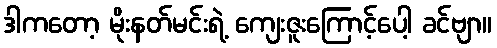
ဒါကတော့ မိုးနတ်မင်းရဲ့ ကျေးဇူးကြောင့်ပေါ့ ခင်ဗျာ။